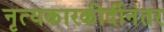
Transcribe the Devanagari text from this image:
नृत्यकारकीर्दीनंतर